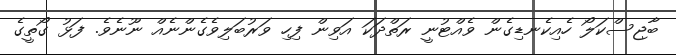
ބާޖިސްކަލޯ ހެއިކެނޑިގެން ވެއްޓުނީ ރަތްދަކަ އަވިން ފިހި ވަރުބަލިވެގެންނެއް ނޫނެވެ. ފަޅު ގޯތީގެ